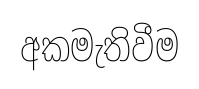
අකමැතිවීම